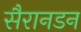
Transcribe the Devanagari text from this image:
सैरानडन